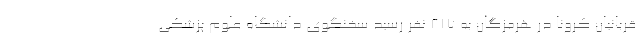
قربانیان کرونا در هرمزگان به ۸۱۷ نفر رسید سخنگوی دانشگاه علوم پزشکی